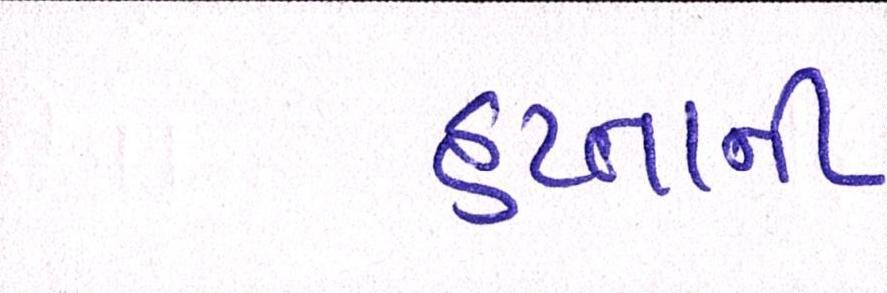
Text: હપ્તાની